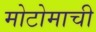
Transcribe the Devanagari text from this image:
मोटोमाची